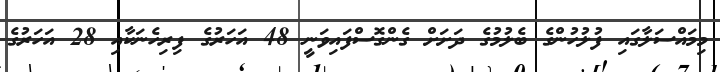
މިމައްސަލާގައި ފުލުހުންގެ ބެލުމުގެ ދަށަށް ގެންގޮސްފައިވަނީ 48 އަހަރުގެ ފިރިހެނަކާއި 28 އަހަރުގެ